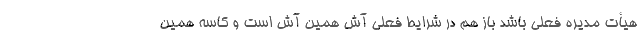
هیأت مدیره فعلی باشد باز هم در شرایط فعلی آش همین آش است و کاسه همین